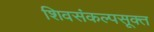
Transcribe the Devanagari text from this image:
शिवसंकल्पसूक्त